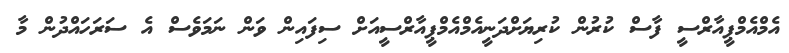
އެމްއެމްޕީއާރްސީ ފާސް ކުރުން ކުރިޔަށްދަނީއެމްއެމްޕީއާރްސީއަށް ސިފައިން ވަން ނަމަވެސް އެ ސަރަހައްދުން މާ